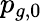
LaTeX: p_{g,0}